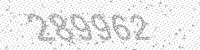
Solution: 289962